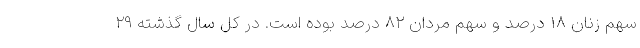
سهم زنان ۱۸ درصد و سهم مردان ۸۲ درصد بوده است. در کل سال گذشته ۲۹